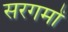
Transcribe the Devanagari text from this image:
सरगमों